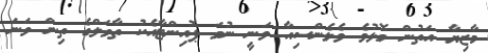
މާޒިޔާ އަތުން މޮޅުވެ ވެލެންސިއާ ވަނީ ނުވަ ޕޮއިންޓާއެކު ތާވަލްގެ ތިން ވަނަ